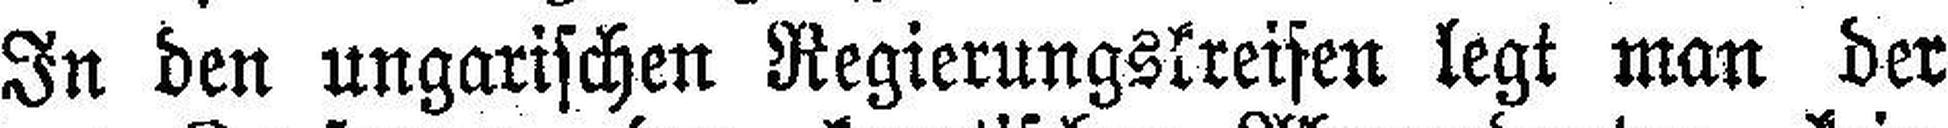
In den ungarischen Regierungskreisen legt man der